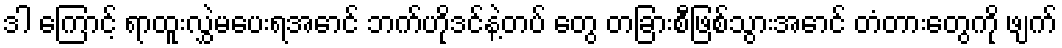
ဒါ ကြောင့် ရာထူးလွှဲမပေးရအောင် ဘက်ဟိုဒင်နဲ့တပ် တွေ တခြားစီဖြစ်သွားအောင် တံတားတွေကို ဖျက်